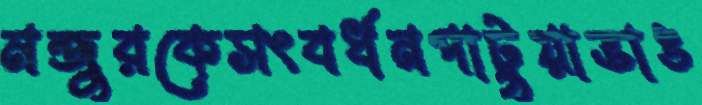
মন্জুরকেসংবর্ধনপাটুয়াভাঙ